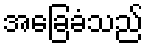
အခြေခံသည်